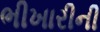
ભીખારીની